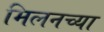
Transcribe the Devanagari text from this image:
मिलनच्या